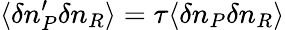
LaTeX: \langle\delta n_{P}^{\prime}\delta n_{R}\rangle=\tau\langle\delta n_{P}\delta n_{R}\rangle